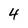
Character: 4